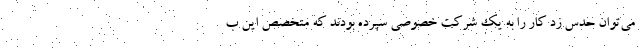
می‌توان حدس زد کار را به یک شرکت خصوصی سپرده بودند که متخصص این ب